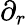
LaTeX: \partial_{r}